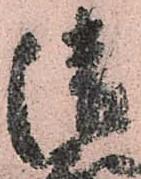
清